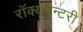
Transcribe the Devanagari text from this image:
रॉक्यूमेन्टरी